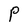
Character: P